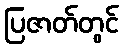
ပြဇာတ်တွင်